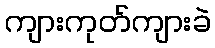
ကျားကုတ်ကျားခဲ